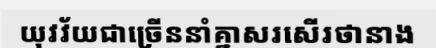
យុវវ័យជាច្រើននាំគ្នាសរសើរថានាង